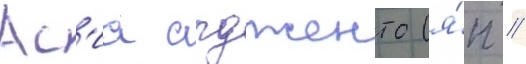
Ас'иа ардженто (я́п //